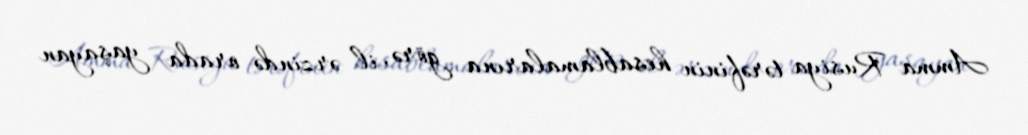
Amma Rusiya tərəfinin hesablamalarına görə, il ərzində orada yaşayan